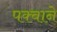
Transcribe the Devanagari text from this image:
पक्वाने